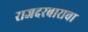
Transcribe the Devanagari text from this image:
राजदरबाराचा